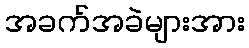
အခက်အခဲများအား